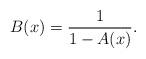
LaTeX: \begin{align*} B(x) = \frac{1}{1-A(x)}.\end{align*}